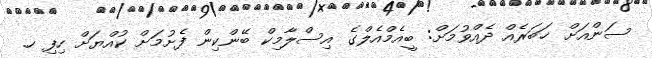
ސަންއަށް ޚަބަރެއް ދެއްވުމަށް: ބީއެމްއެލްގެ އިސްލާމިކް ބޭންކިން ފެށުމަށް ކުއްޔަށް ހިފި ހ.